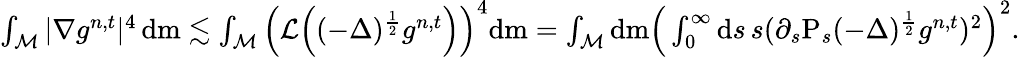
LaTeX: \begin{array}{r}{\int_{\mathcal{M}}\vert\nabla g^{n,t}\vert^{4}\, \mathrm{d}\mathrm{m}\lesssim\int_{\mathcal{M}}\Big(\mathcal{L}\Big((-\Delta)^{\frac{1}{2}}g^{n,t}\Big)\Big)^{4}\mathrm{d}\mathrm{m}=\int_{\mathcal{M}}\mathrm{d}\mathrm{m}\Big(\int_{0}^{\infty}\mathrm{d}s\, s(\partial_{s}\mathrm{P}_{s}(-\Delta)^{\frac{1}{2}}g^{n,t})^{2}\Big)^{2}.}\end{array}